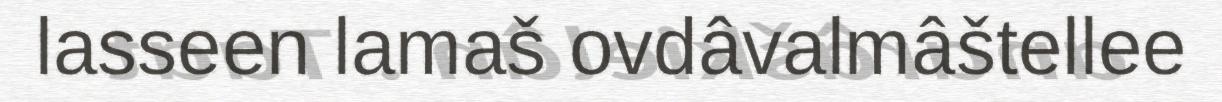
lasseen lamaš ovdâvalmâštellee